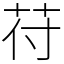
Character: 苻